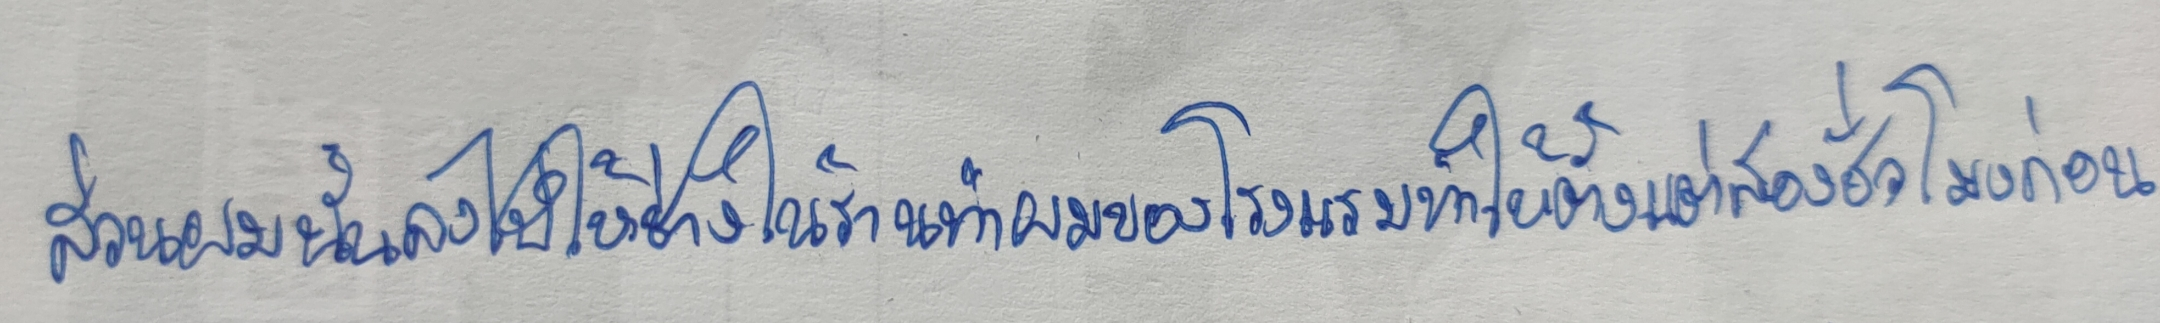
ส่วนผมนั้นลงไปให้ช่างในร้านทำผมของโรงแรมทำให้ตั้งแต่สองชั่วโมงก่อน